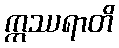
ဣဿရာတိ